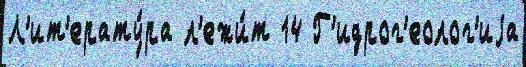
Л'ит'ерату́ра л'ежи́т 14 Г'идрог'еолог'иjа